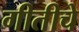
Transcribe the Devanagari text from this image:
गीतीचे